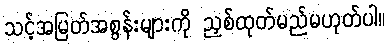
သင့်အမြတ်အစွန်းများကို ညှစ်ထုတ်မည်မဟုတ်ပါ။